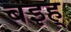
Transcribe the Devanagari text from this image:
बइह्‌